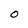
Character: 0